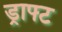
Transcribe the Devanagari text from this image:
ड्राफ्‍ट